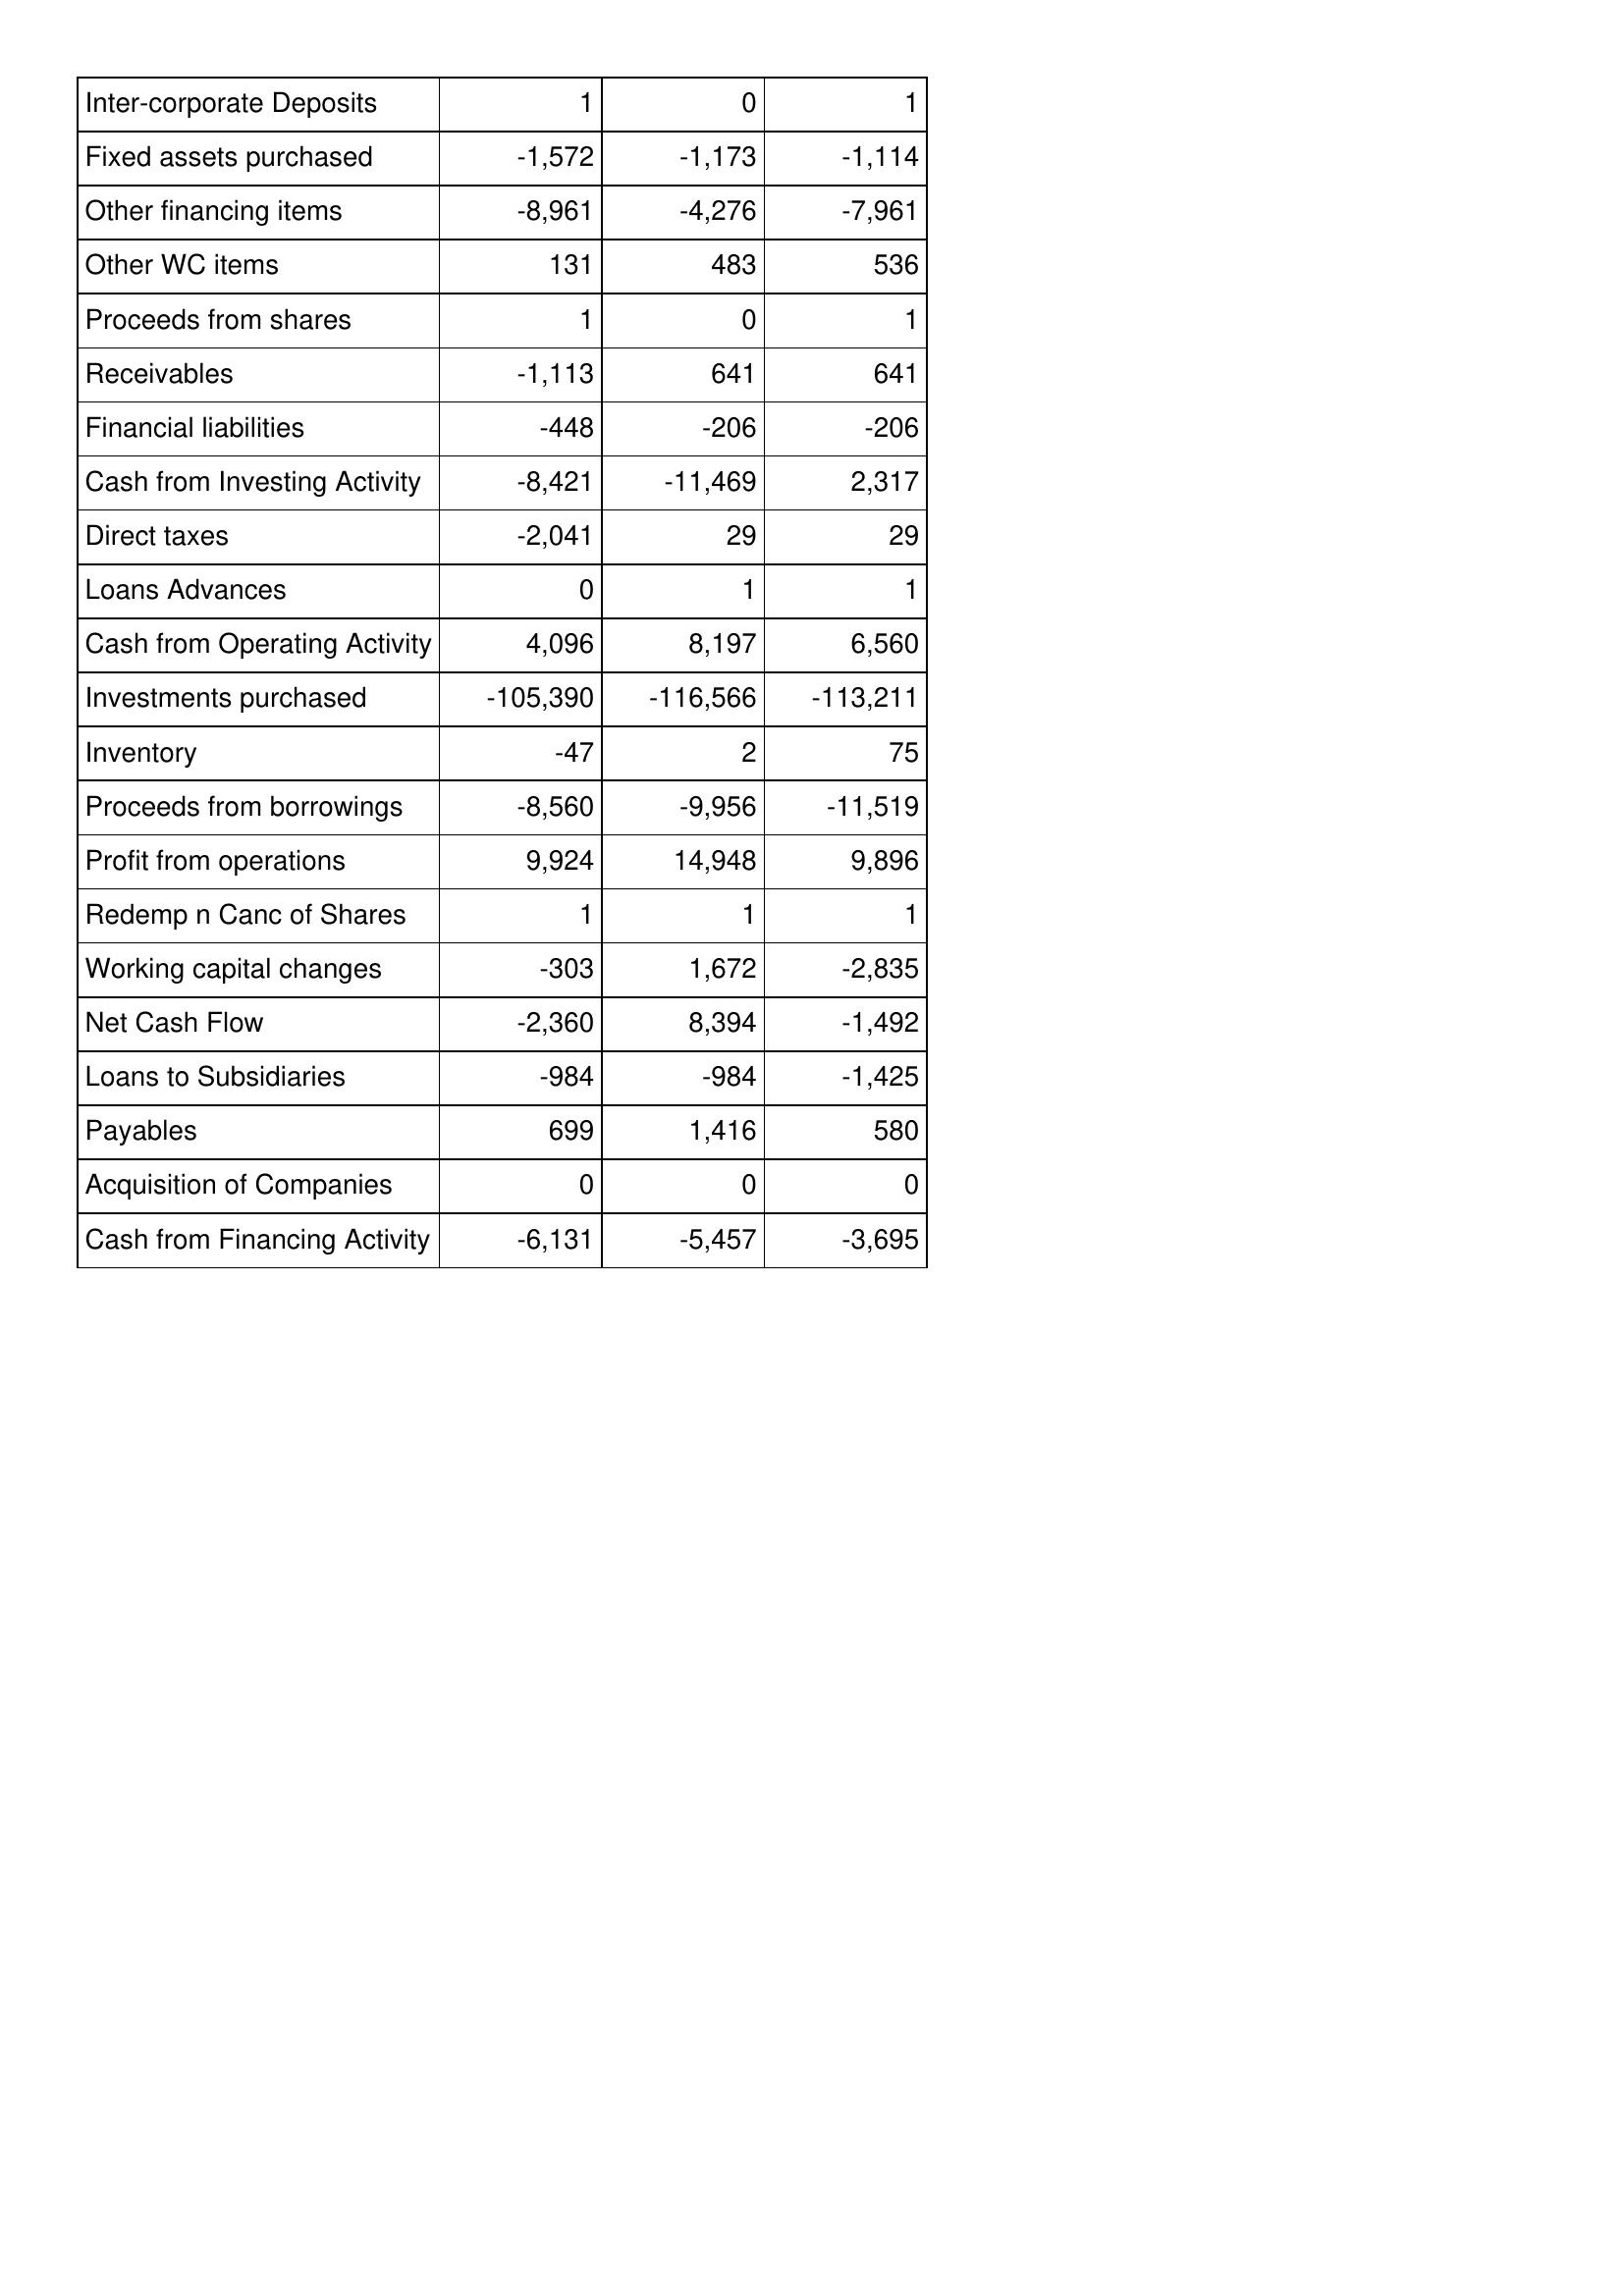
May-05: Cash Flows: Inter-corporate Deposits: 1
Fixed assets purchased: -1,572
Other financing items: -8,961
Other WC items: 131
Proceeds from shares: 1
Receivables: -1,113
Financial liabilities: -448
Cash from Investing Activity: -8,421
Direct taxes: -2,041
Loans Advances: 0
Cash from Operating Activity: 4,096
Investments purchased: -105,390
Inventory: -47
Proceeds from borrowings: -8,560
Profit from operations: 9,924
Redemp n Canc of Shares: 1
Working capital changes: -303
Net Cash Flow: -2,360
Loans to Subsidiaries: -984
Payables: 699
Acquisition of Companies: 0
Cash from Financing Activity: -6,131
May-06: Cash Flows: Inter-corporate Deposits: 0
Fixed assets purchased: -1,173
Other financing items: -4,276
Other WC items: 483
Proceeds from shares: 0
Receivables: 641
Financial liabilities: -206
Cash from Investing Activity: -11,469
Direct taxes: 29
Loans Advances: 1
Cash from Operating Activity: 8,197
Investments purchased: -116,566
Inventory: 2
Proceeds from borrowings: -9,956
Profit from operations: 14,948
Redemp n Canc of Shares: 1
Working capital changes: 1,672
Net Cash Flow: 8,394
Loans to Subsidiaries: -984
Payables: 1,416
Acquisition of Companies: 0
Cash from Financing Activity: -5,457
May-07: Cash Flows: Inter-corporate Deposits: 1
Fixed assets purchased: -1,114
Other financing items: -7,961
Other WC items: 536
Proceeds from shares: 1
Receivables: 641
Financial liabilities: -206
Cash from Investing Activity: 2,317
Direct taxes: 29
Loans Advances: 1
Cash from Operating Activity: 6,560
Investments purchased: -113,211
Inventory: 75
Proceeds from borrowings: -11,519
Profit from operations: 9,896
Redemp n Canc of Shares: 1
Working capital changes: -2,835
Net Cash Flow: -1,492
Loans to Subsidiaries: -1,425
Payables: 580
Acquisition of Companies: 0
Cash from Financing Activity: -3,695